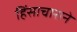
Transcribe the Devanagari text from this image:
हिंसाचाराने